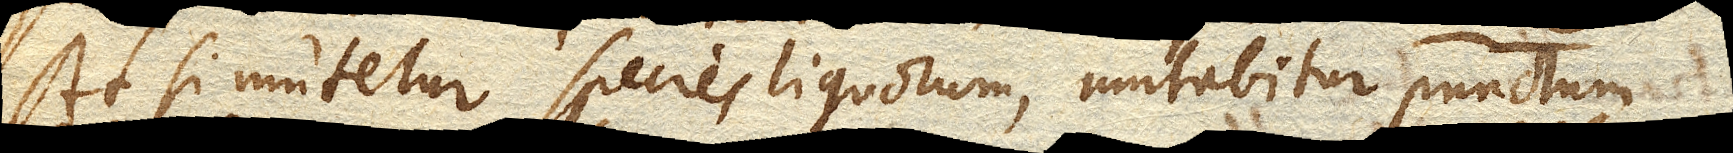
At si mutetur species liquorum, mutabitur punctum